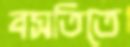
বসতিতে